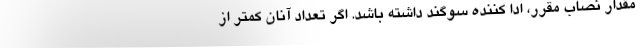
مقدار نصاب مقرر، ادا کننده سوگند داشته باشد. اگر تعداد آنان کمتر از